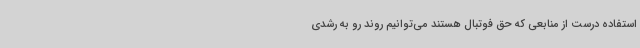
استفاده درست از منابعی که حق فوتبال هستند می‌توانیم روند رو به رشدی